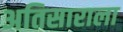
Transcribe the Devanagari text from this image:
अतिसाराला